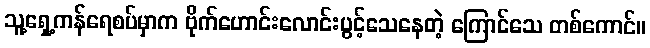
သူ့ရှေ့ကန်ရေစပ်မှာက ဗိုက်ဟောင်းလောင်းပွင့်သေနေတဲ့ ကြောင်သေ တစ်ကောင်။